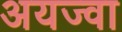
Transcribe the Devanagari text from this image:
अयज्वा